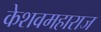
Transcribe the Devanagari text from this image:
केशवमहाराज